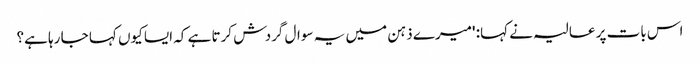
اس بات پر عالیہ نے کہا: 'میرے ذہن میں یہ سوال گردش کرتا ہے کہ ایسا کیوں کہا جا رہا ہے؟